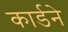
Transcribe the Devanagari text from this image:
कार्डने